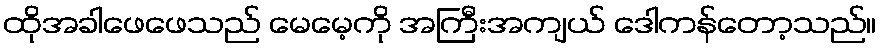
ထိုအခါဖေဖေသည် မေမေ့ကို အကြီးအကျယ် ဒေါကန်တော့သည်။